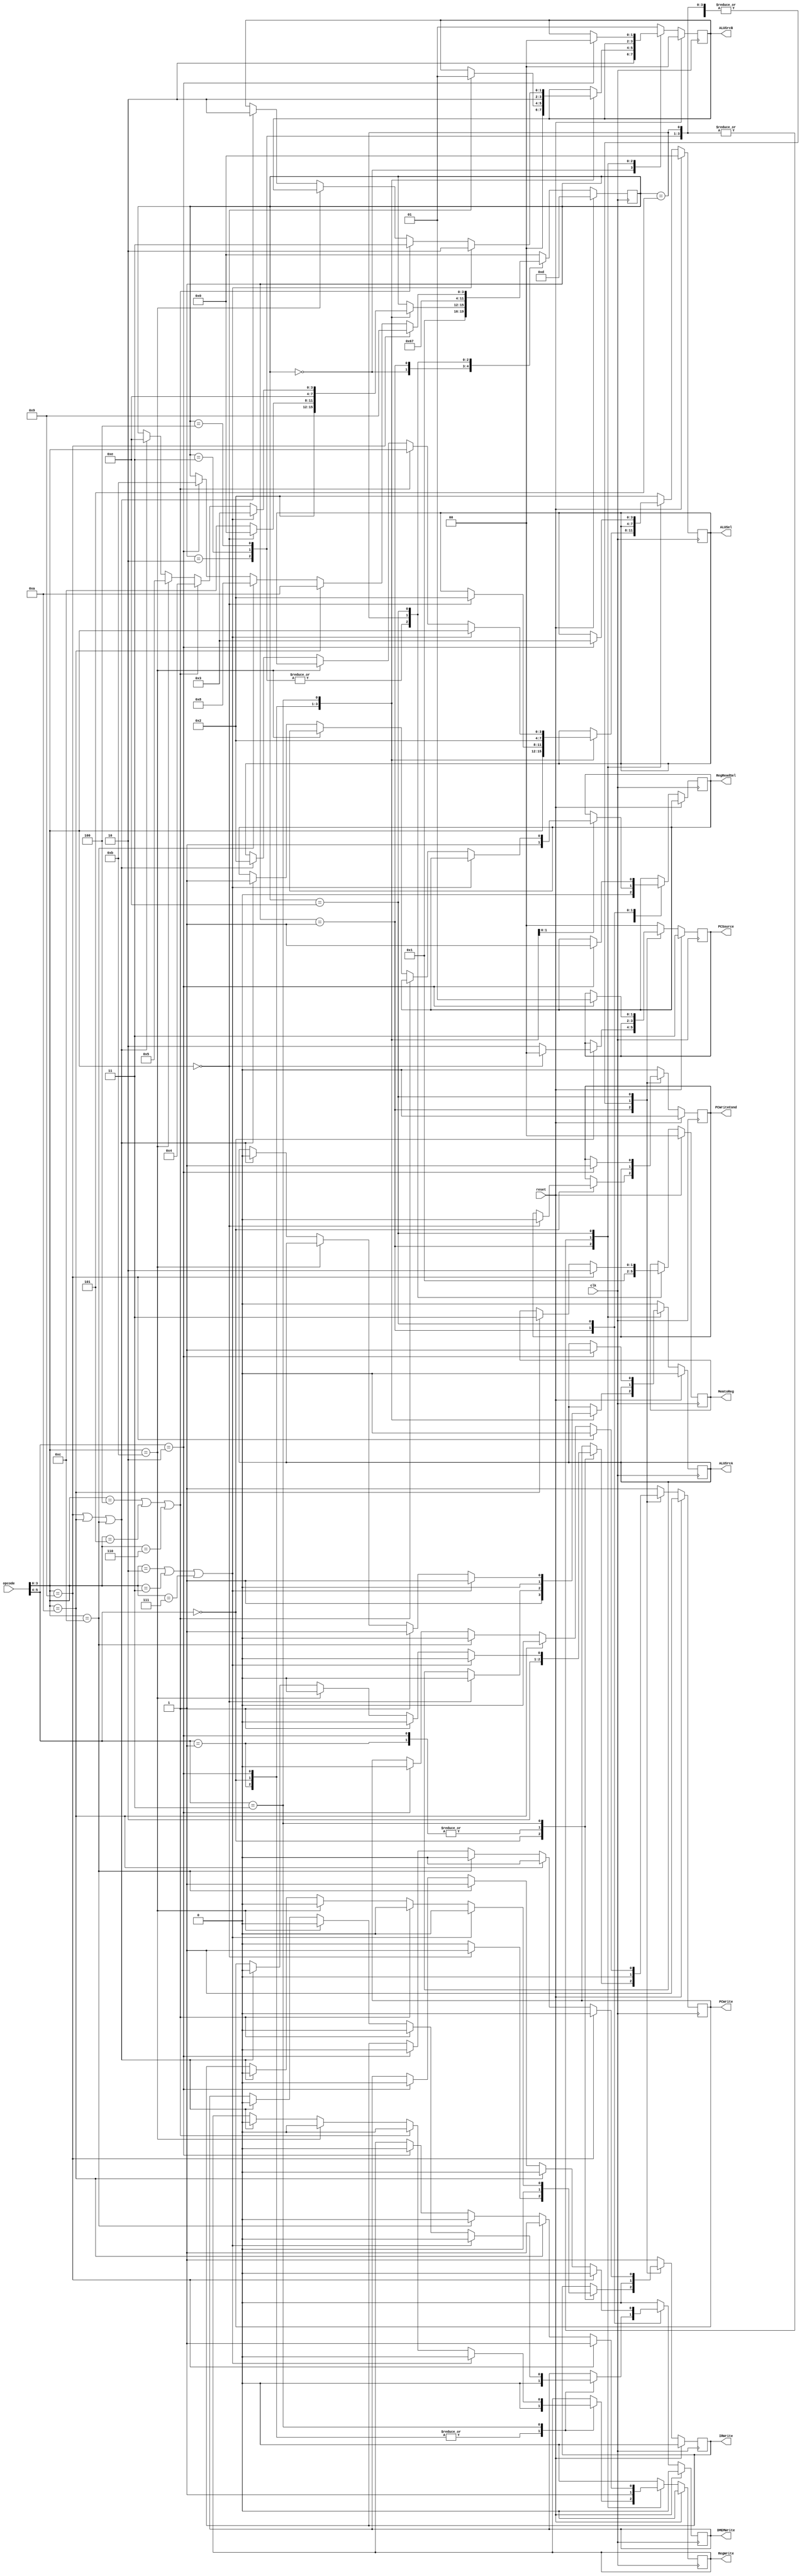
`timescale 1ns / 1ps
////////////////////////////////////////////////////////////////////////////////
// Company:
//
// Design Name:
// Module Name:    controller
// Project Name:
// Target Devices:
// Tool versions:
// Description:
//
// Dependencies:
//
// Revision:
// Revision 0.01 - File Created
// Additional Comments:
//
////////////////////////////////////////////////////////////////////////////////

// ~~~~~~~~~~~~~~~~~~~~~~~~~~~~~~~~~~~~~~~~~~~~~~~~~~ //
// ~~~~~~~~~~~~~~~~~~~ CONTROLLER ~~~~~~~~~~~~~~~~~~~ //
// ~~~~~~~~~~~~~~~~~~~~~~~~~~~~~~~~~~~~~~~~~~~~~~~~~~ //

module controller(opcode, clk, reset, PCWrite, PCWriteCond, DMEMWrite, IRWrite,
                   MemtoReg, PCSource, ALUSel, ALUSrcA, ALUSrcB, RegWrite,
                   RegReadSel);

  // ~~~~~~~~~~~~~~~~~~~ PORTS ~~~~~~~~~~~~~~~~~~~ //

  // opcode, clock, and reset inputs
  input [5:0] opcode;	// from instruction register
  input	clk, reset;

  // control signal outputs
  output reg PCWrite, PCWriteCond, DMEMWrite, IRWrite, ALUSrcA, RegWrite, RegReadSel;
  output reg [1:0] MemtoReg, PCSource, ALUSrcB;
  output reg [3:0] ALUSel;

  // ~~~~~~~~~~~~~~~~~~~ REGISTER ~~~~~~~~~~~~~~~~~~~ //

  // 4-bit state register
  reg [3:0]	state;

  // ~~~~~~~~~~~~~~~~~~~ PARAMETERS ~~~~~~~~~~~~~~~~~~~ //

  // state parameters
  parameter s0  = 4'd0;
  parameter s1  = 4'd1;
  parameter s2  = 4'd2;
  parameter s3  = 4'd3;
  parameter s4  = 4'd4;
  parameter s5  = 4'd5;
  parameter s6  = 4'd6;
  parameter s7  = 4'd7;
  parameter s8  = 4'd8;
  parameter s9  = 4'd9;
  parameter s10 = 4'd10;
  parameter s11 = 4'd11;
  parameter s12 = 4'd12;
  parameter sR  = 4'd13;	// reset
  parameter s14 = 4'd14;

  // opcode[5:4] parameters
  parameter J  = 2'b00;	// Jump or NOP
  parameter R  = 2'b01;	// R-type
  parameter BR = 2'b10;	// Branch
  parameter I  = 2'b11;	// I-type

  // I-type opcode[3:0] variations
  parameter ADDI = 4'b0010;
  parameter SUBI = 4'b0011;
  parameter ORI	 = 4'b0100;
  parameter ANDI = 4'b0101;
  parameter XORI = 4'b0110;
  parameter SLTI = 4'b0111;
  parameter LI	 = 4'b1001;
  parameter LUI	 = 4'b1010;
  parameter LWI	 = 4'b1011;
  parameter SWI	 = 4'b1100;

  // ~~~~~~~~~~~~~~~~~~~ STATE MACHINE ~~~~~~~~~~~~~~~~~~~ //

  // control state machine
  always @(posedge clk) begin

    // check for reset signal. If set, write zero to PC and switch to Reset State on next CC.
    if (reset) begin
      PCWrite 		<= 1;
      PCWriteCond <= 0;
      DMEMWrite 	<= 0;
      IRWrite 		<= 0;
      MemtoReg 		<= 0;
      PCSource 		<= 2'b11; // reset
      ALUSel 			<= 0;
      ALUSrcA 		<= 0;
      ALUSrcB 		<= 0;
      RegWrite 		<= 0;

      state <= sR;
    end
    else begin	// if reset signal is not set, check state at pos edge
      case (state)

        // if in reset state (and reset signal not set), go to s0 (IF)
        sR: begin
          PCWrite 		<= 1;
          DMEMWrite 	<= 0;
          IRWrite 		<= 1;
          PCSource 		<= 2'b00;
          ALUSel 			<= 4'b0010;
          ALUSrcA 		<= 0;
          ALUSrcB 		<= 2'b01;
          RegWrite 		<= 0;
          PCWriteCond <= 0;

          state <= s0;
        end

        // if in s0, go to s1 (ID)
        s0: begin
          PCWrite 		<= 0;
          DMEMWrite 	<= 0;
          IRWrite 		<= 0;
          ALUSel 			<= 4'b0010;
          ALUSrcA 		<= 0;
          ALUSrcB 		<= 2'b10;
          RegWrite 		<= 0;
          RegReadSel	<= 0;

          state <= s1;
        end

        // if in s1 (ID) check opcode from instruction register to determine new state
        s1: begin
          case (opcode[5:4])
            // R-type opcode: go to s2 (R-type EX)
            R: begin
              PCWrite 		<= 0;
              DMEMWrite 	<= 0;
              IRWrite 		<= 0;
              ALUSel 			<= opcode[3:0];
              ALUSrcA 		<= 1;
              ALUSrcB 		<= 2'b00;
              RegWrite 		<= 0;

              state <= s2;
            end

            // J-type or NOP
            J: begin
              // NOP: do nothing and go back to s0 (IF) for next instruction
              if (opcode[3:0] == 4'b0000) begin
                PCWrite 		<= 1;
                DMEMWrite 	<= 0;
                IRWrite 		<= 1;
                PCSource 		<= 2'b00;
                ALUSel 			<= 4'b0010;
                ALUSrcA 		<= 0;
                ALUSrcB 		<= 2'b01;
                RegWrite 		<= 0;
                PCWriteCond <= 0;

                state	<= 0;
              end
              // Jump: go to s12 (jump completion)
              else begin
                PCWrite 		<= 1;
                DMEMWrite 	<= 0;
                IRWrite 		<= 0;
                PCSource 		<= 2'b10;
                RegWrite 		<= 0;

                state <= s12;
              end
            end

            // Branch: go to s14 ($R1 read)
            BR: begin
              PCWrite 		<= 0;
              DMEMWrite 	<= 0;
              IRWrite 		<= 0;
              ALUSel 			<= 4'b0010;
              ALUSrcA 		<= 0;
              ALUSrcB 		<= 2'b10;
              RegWrite 		<= 0;
              RegReadSel	<= 1; // for R1

              state <= s14;
            end

            // I-type
            I: begin
            // go to s3 (EX for ALU I-type with sign extended immediate)
              if ((opcode[3:0] == ADDI) || (opcode[3:0] == SUBI) || (opcode[3:0] == SLTI)) begin
                PCWrite 		<= 0;
                DMEMWrite 	<= 0;
                IRWrite 		<= 0;
                ALUSel 			<= opcode[3:0];
                ALUSrcA 		<= 1;
                ALUSrcB 		<= 2'b10;
                RegWrite 		<= 0;

                state <= s3;
              end

              // go to s4 (EX for ALU I-type with zero extended immediate)
              else if ((opcode[3:0] == ORI) || (opcode[3:0] == ANDI) || (opcode[3:0] == XORI)) begin
                PCWrite 		<= 0;
                DMEMWrite 	<= 0;
                IRWrite 		<= 0;
                ALUSel 			<= opcode[3:0];
                ALUSrcA 		<= 1;
                ALUSrcB 		<= 2'b11;
                RegWrite 		<= 0;

                state <= s4;
              end

                // go to s5 (MEM access for LWI)
              else if (opcode[3:0] == LWI) begin
                PCWrite 		<= 0;
                DMEMWrite 	<= 0;
                IRWrite 		<= 0;
                RegWrite 		<= 0;

                state <= s5;
              end
              // go to s14 for R1 read
              else if ((opcode[3:0] == LI) || (opcode[3:0] == LUI) || (opcode[3:0] == SWI))begin
                PCWrite 		<= 0;
                DMEMWrite 	<= 0;
                IRWrite 		<= 0;
                ALUSel 			<= 4'b0010;
                ALUSrcA 		<= 0;
                ALUSrcB 		<= 2'b10;
                RegWrite 		<= 0;
                RegReadSel	<= 1; // for R1

                state <= s14;
              end
            end
          endcase
        end

        // if in s2 (R-type EX) go to s6 (ALUOp write backs)
        s2: begin
          PCWrite 		<= 0;
          DMEMWrite 	<= 0;
          IRWrite 		<= 0;
          MemtoReg 		<= 2'b00;
          RegWrite 		<= 1;

          state <= s6;
        end

        // if in s3 (EX for Arithmetic I-type with sign extended Imm) go to s6 (ALUOp WB)
        s3: begin
          PCWrite 		<= 0;
          DMEMWrite 	<= 0;
          IRWrite 		<= 0;
          MemtoReg 		<= 2'b00;
          RegWrite 		<= 1;

          state <= s6;
        end

        // if in s4 (EX for Arithmetic I-type with zero extended Imm) go to s6 (ALUOp WB)
        s4: begin
          PCWrite 		<= 0;
          DMEMWrite 	<= 0;
          IRWrite 		<= 0;
          MemtoReg 		<= 2'b00;
          RegWrite 		<= 1;

          state <= s6;
        end

        // if in s5 (LWI MEM access) go to s7 (Reg File WB for LWI)
        s5: begin
          PCWrite 		<= 0;
          DMEMWrite 	<= 0;
          IRWrite 		<= 0;
          MemtoReg 		<= 2'b01;
          RegWrite 		<= 1;

          state <= s7;
        end

        // if in s6 (ALUOut WB) go back to s0 (IF)
        s6: begin
          PCWrite 		<= 1;
          DMEMWrite 	<= 0;
          IRWrite 		<= 1;
          PCSource 		<= 2'b00;
          ALUSel 			<= 4'b0010;
          ALUSrcA 		<= 0;
          ALUSrcB 		<= 2'b01;
          RegWrite 		<= 0;
          PCWriteCond <= 0;

          state <= s0;
        end

        // if in s7 (Reg Gile WB for LWI) go to s0 (IF)
        s7: begin
          PCWrite 		<= 1;
          DMEMWrite 	<= 0;
          IRWrite 		<= 1;
          PCSource 		<= 2'b00;
          ALUSel 			<= 4'b0010;
          ALUSrcA 		<= 0;
          ALUSrcB 		<= 2'b01;
          RegWrite 		<= 0;
          PCWriteCond <= 0;

          state <= s0;
        end

        // if in s8 (MEM write for SWI) go to s0 (IF)
        s8: begin
          PCWrite 		<= 1;
          DMEMWrite 	<= 0;
          IRWrite 		<= 1;
          PCSource 		<= 2'b00;
          ALUSel 			<= 4'b0010;
          ALUSrcA 		<= 0;
          ALUSrcB 		<= 2'b01;
          RegWrite 		<= 0;
          PCWriteCond <= 0;

          state <= s0;
        end

        // if in s9 (Reg WB for LI) go to s0 (IF)
        s9: begin
          PCWrite 		<= 1;
          DMEMWrite 	<= 0;
          IRWrite 		<= 1;
          PCSource 		<= 2'b00;
          ALUSel 			<= 4'b0010;
          ALUSrcA 		<= 0;
          ALUSrcB 		<= 2'b01;
          RegWrite 		<= 0;
          PCWriteCond <= 0;

          state <= s0;
        end

        // if in s10 (Reg WB for LUI) go to s0 (IF)
        s10: begin
          PCWrite 		<= 1;
          DMEMWrite 	<= 0;
          IRWrite 		<= 1;
          PCSource 		<= 2'b00;
          ALUSel 			<= 4'b0010;
          ALUSrcA 		<= 0;
          ALUSrcB 		<= 2'b01;
          RegWrite 		<= 0;
          PCWriteCond <= 0;

          state <= s0;
        end

        // if in s11 (Branch completion) go to s0 (IF)
        s11: begin
          PCWrite 		<= 1;
          DMEMWrite 	<= 0;
          IRWrite 		<= 1;
          PCSource 		<= 2'b00;
          ALUSel 			<= 4'b0010;
          ALUSrcA 		<= 0;
          ALUSrcB 		<= 2'b01;
          RegWrite 		<= 0;
          PCWriteCond <= 0;

          state <= s0;
        end

        // if in s12 (Jump completion) go to s0 (IF)
        s12: begin
          PCWrite 		<= 1;
          DMEMWrite 	<= 0;
          IRWrite 		<= 1;
          PCSource 		<= 2'b00;
          ALUSel 			<= 4'b0010;
          ALUSrcA 		<= 0;
          ALUSrcB 		<= 2'b01;
          RegWrite 		<= 0;
          PCWriteCond <= 0;

          state <= s0;
        end

        // if in R1 read
        s14: begin
          // if Branch, go to s11, branch completion
          if (opcode[5:4] == BR) begin
            PCWrite 		<= 0;
            PCWriteCond <= 1;
            DMEMWrite 	<= 0;
            IRWrite 		<= 0;
            PCSource 		<= 2'b01;
            ALUSel 			<= 4'b0011;
            ALUSrcA 		<= 1;
            ALUSrcB 		<= 2'b00;
            RegWrite 		<= 0;
            RegReadSel	<= 1;

            state <= s11;
          end
          // if LI, go to s9 LI WB
          if (opcode[3:0] == LI) begin
            PCWrite 		<= 0;
            DMEMWrite 	<= 0;
            IRWrite 		<= 0;
            MemtoReg 		<= 2'b10;
            RegWrite 		<= 1;

            state <= s9;
          end
          // if LUI, go to s10 LUI WB
          else if (opcode[3:0] == LUI) begin
            PCWrite 		<= 0;
            DMEMWrite 	<= 0;
            IRWrite 		<= 0;
            MemtoReg 		<= 2'b11;
            RegWrite 		<= 1;

            state <= s10;
          end
          // if SWI, go to s8, Mem Access
          else if (opcode[3:0] == SWI) begin
            PCWrite 		<= 0;
            DMEMWrite 	<= 1;
            IRWrite 		<= 0;
            RegWrite 		<= 0;

            state <= s8;
          end
        end
        // go to s0
        default: begin
          PCWrite 		<= 1;
          DMEMWrite 	<= 0;
          IRWrite 		<= 1;
          PCSource 		<= 2'b00;
          ALUSel 			<= 4'b0010;
          ALUSrcA 		<= 0;
          ALUSrcB 		<= 2'b01;
          RegWrite 		<= 0;
          PCWriteCond <= 0;

          state <= s0;
        end
      endcase
    end
  end
endmodule